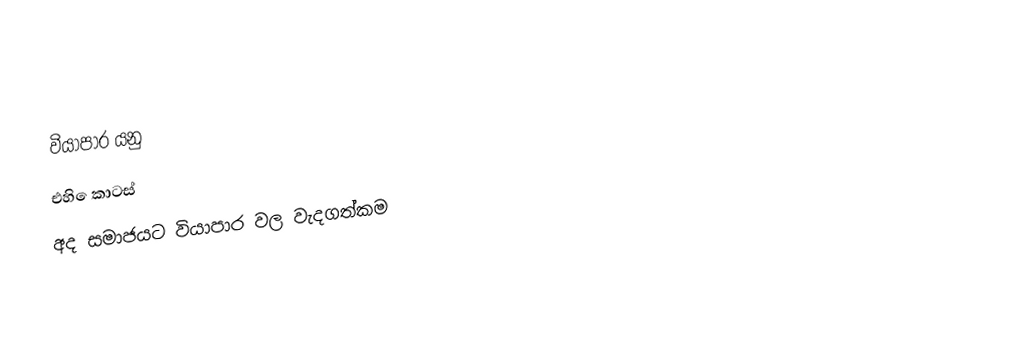
වියාපාර යනු
එහි ෙකාටස්
අද සමාජයට වියාපාර වල වැදගත්කම